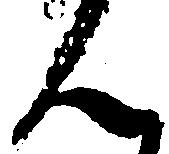
ん